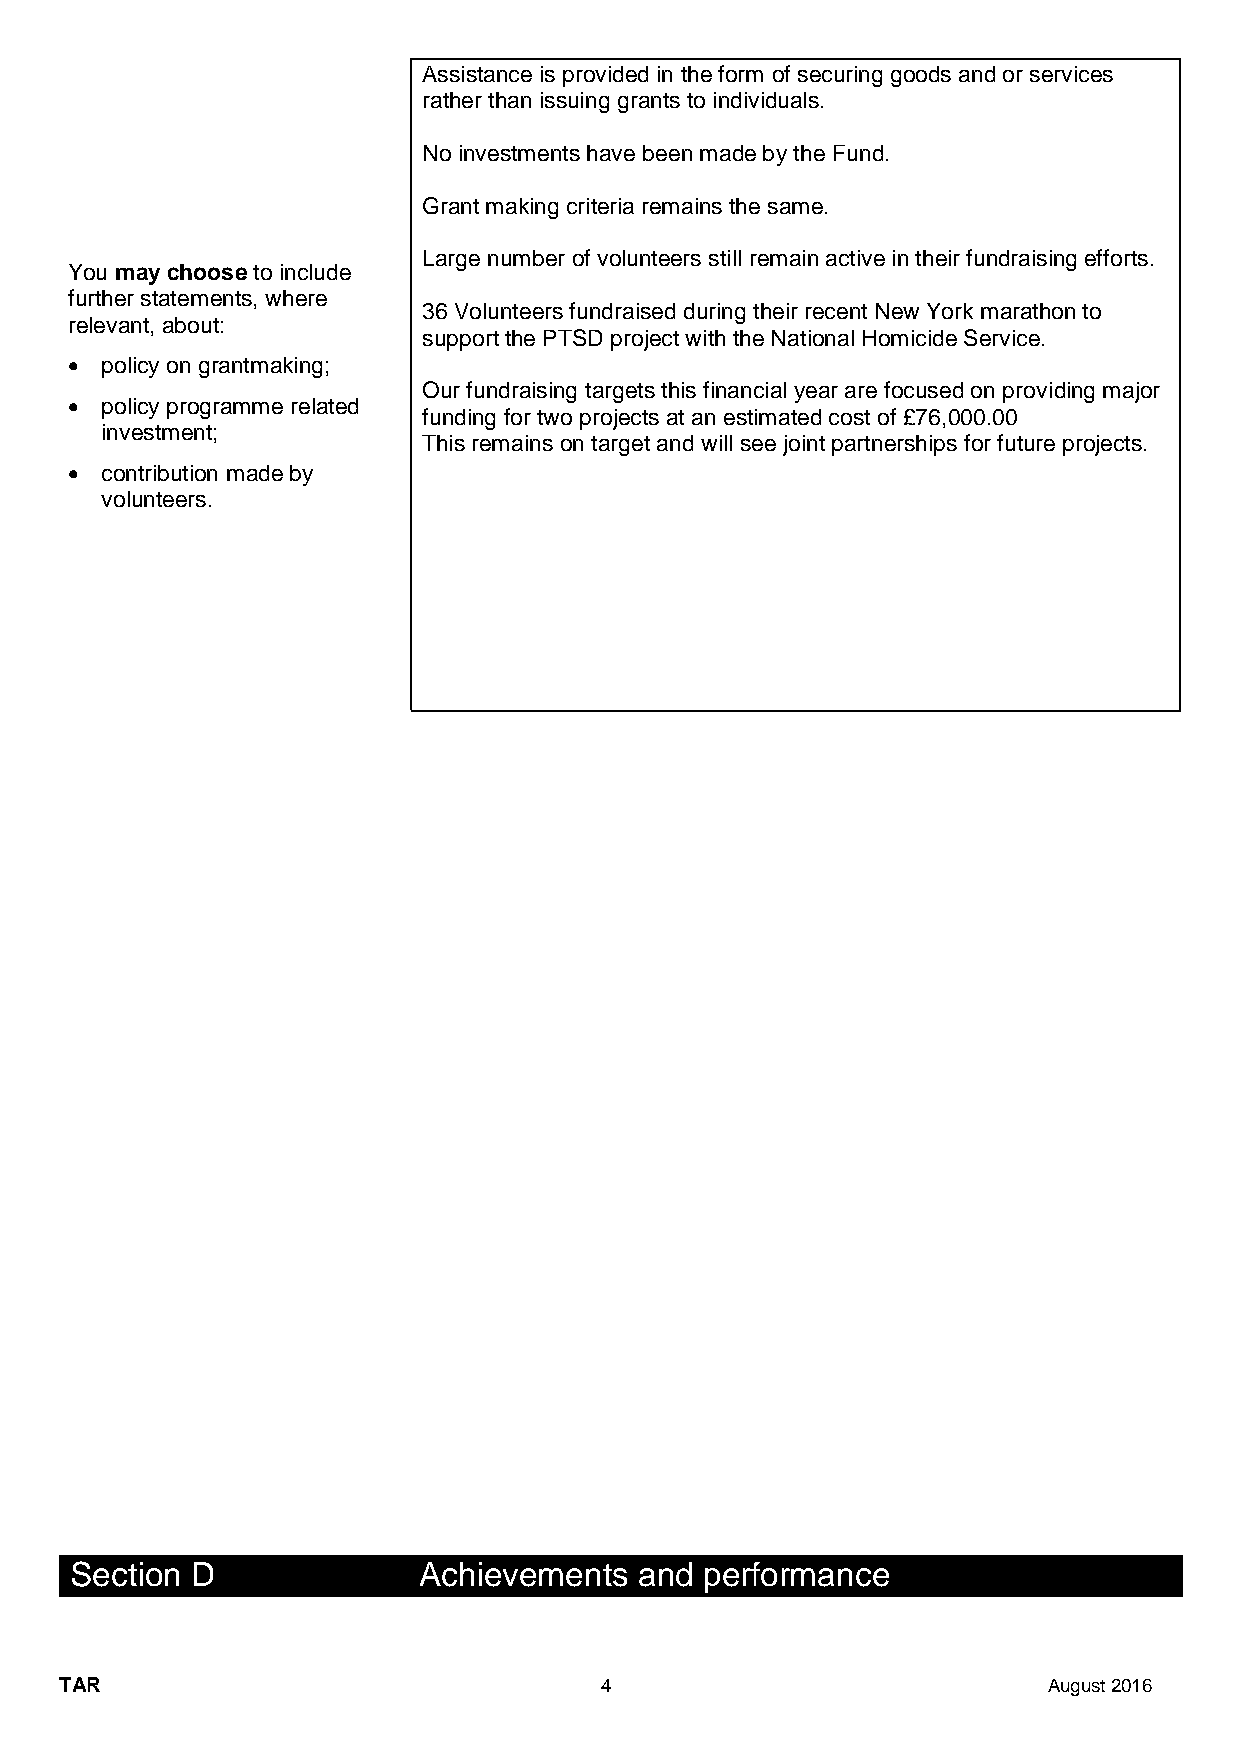
Assistance is provided in the form of securing goods and or services
 rather than issuing grants to individuals.
 No investments have been made by the Fund.
 Grant making criteria remains the same.
 Large number of volunteers still remain active in their fundraising efforts.
 You may choose to include
 further statements, where
 36 Volunteers fundraised during their recent New York marathon to
 relevant, about:
 support the PTSD project with the National Homicide Service.
 •  policy on grantmaking;
 Our fundraising targets this financial year are focused on providing major
 •  policy programme related
 funding for two projects at an estimated cost of £76,000.00
 investment;
 This remains on target and will see joint partnerships for future projects.
 •  contribution made by
 volunteers.
 Section D              Achievements  and  performance
 TAR                                 4                            August 2016